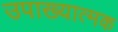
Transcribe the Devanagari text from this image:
उपाख्यात्मक